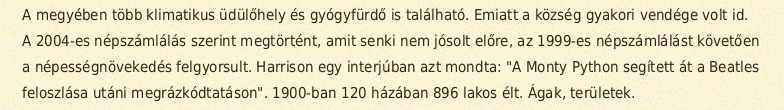
A megyében több klimatikus üdülőhely és gyógyfürdő is található. Emiatt a község gyakori vendége volt id. A 2004-es népszámlálás szerint megtörtént, amit senki nem jósolt előre, az 1999-es népszámlálást követően a népességnövekedés felgyorsult. Harrison egy interjúban azt mondta: "A Monty Python segített át a Beatles feloszlása utáni megrázkódtatáson". 1900-ban 120 házában 896 lakos élt. Ágak, területek.